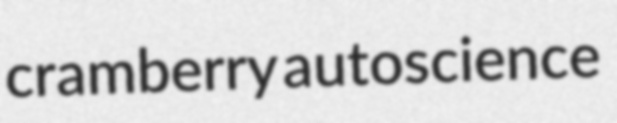
cramberry autoscience